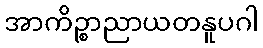
အာကိဉ္စာညာယတနူပဂါ